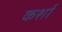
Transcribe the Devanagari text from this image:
कर्शा